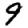
Digit: 9